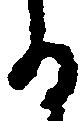
る